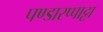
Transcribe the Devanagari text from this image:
पण्डारप्पाट्टा